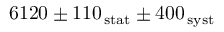
6 1 2 0 \pm 1 1 0 \mathrm { _ { \, s t a t } } \pm 4 0 0 \mathrm { _ { \, s y s t } }